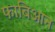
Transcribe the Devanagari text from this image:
फाबिआन